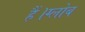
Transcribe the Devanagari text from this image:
हैं।ग्लोब